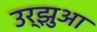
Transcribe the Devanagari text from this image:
उर्झुआ